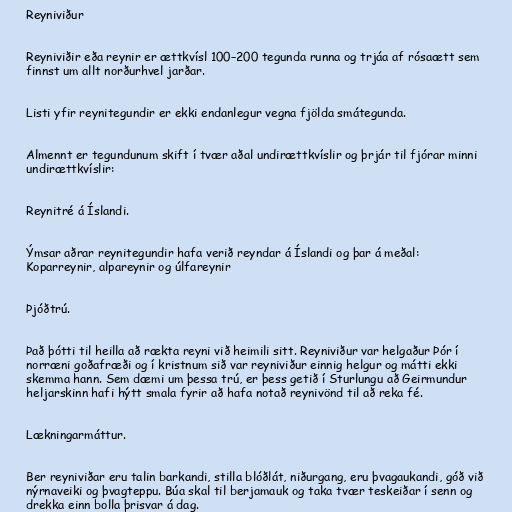
Reyniviður

Reyniviðir eða reynir er ættkvísl 100–200 tegunda runna og trjáa af rósaætt sem
finnst um allt norðurhvel jarðar.

Listi yfir reynitegundir er ekki endanlegur vegna fjölda smátegunda.

Almennt er tegundunum skift í tvær aðal undirættkvíslir og þrjár til fjórar minni
undirættkvíslir:

Reynitré á Íslandi.

Ýmsar aðrar reynitegundir hafa verið reyndar á Íslandi og þar á meðal:
Koparreynir, alpareynir og úlfareynir

Þjóðtrú.

Það þótti til heilla að rækta reyni við heimili sitt. Reyniviður var helgaður Þór í
norræni goðafræði og í kristnum sið var reyniviður einnig helgur og mátti ekki
skemma hann. Sem dæmi um þessa trú, er þess getið í Sturlungu að Geirmundur
heljarskinn hafi hýtt smala fyrir að hafa notað reynivönd til að reka fé.

Lækningarmáttur.

Ber reyniviðar eru talin barkandi, stilla blóðlát, niðurgang, eru þvagaukandi, góð við
nýrnaveiki og þvagteppu. Búa skal til berjamauk og taka tvær teskeiðar í senn og
drekka einn bolla þrisvar á dag.